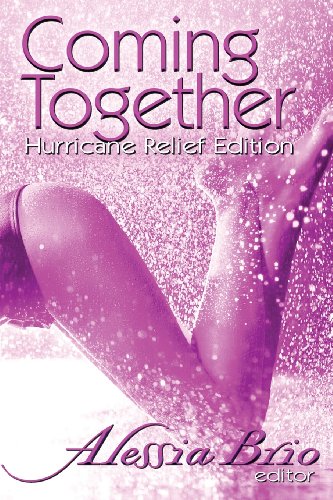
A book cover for Coming Together: Special Hurricane Relief Edition; Alessia Brio; Romance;